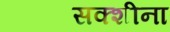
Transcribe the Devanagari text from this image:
सक्शीना